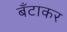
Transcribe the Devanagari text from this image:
बँटाकर